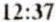
12:37